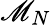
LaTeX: \mathscr{M}_{N}